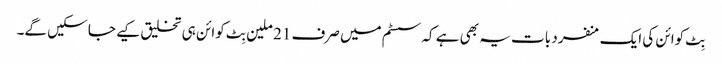
بِٹ کوائن کی ایک منفرد بات یہ بھی ہے کہ سسٹم میں صرف 21 ملین بِٹ کوائن ہی تخلیق کیے جا سکیں گے۔